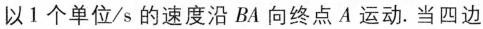
以1个单位/s的速度沿BA向终点A运动。当四边